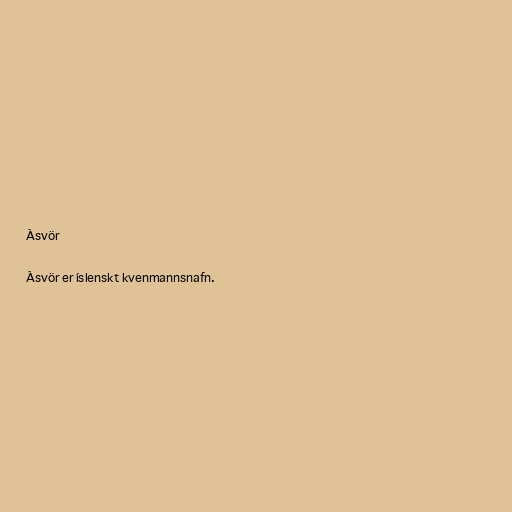
Ásvör

Ásvör er íslenskt kvenmannsnafn.